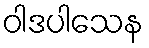
ဝါဒပါသေန